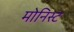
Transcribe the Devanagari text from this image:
मोनिस्ट